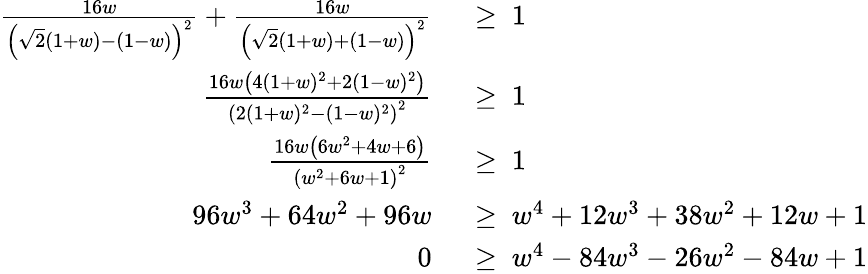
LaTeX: \begin{array}{rl}{\frac{16w}{\left(\sqrt{2}(1+w)-(1-w)\right)^{2}}+\frac{16w}{\left(\sqrt{2}(1+w)+(1-w)\right)^{2}}}&{~\ge~1}\\ {\frac{16w\left(4(1+w)^{2}+2(1-w)^{2}\right)}{\left(2(1+w)^{2}-(1-w)^{2}\right)^{2}}}&{~\ge~1}\\ {\frac{16w\left(6w^{2}+4w+6\right)}{\left(w^{2}+6w+1\right)^{2}}}&{~\ge~1}\\ {96w^{3}+64w^{2}+96w}&{~\ge~w^{4}+12w^{3}+38w^{2}+12w+1}\\ {0}&{~\ge~w^{4}-84w^{3}-26w^{2}-84w+1}\end{array}